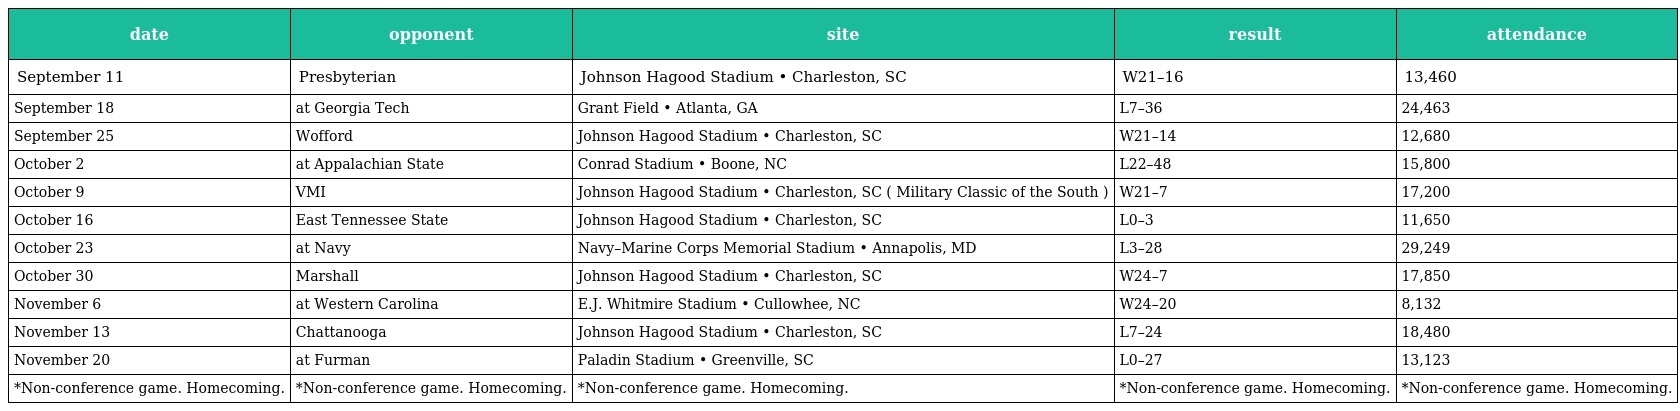
| date | opponent | site | result | attendance |
 | --- | --- | --- | --- | --- |
 | September 11 | Presbyterian | Johnson Hagood Stadium • Charleston, SC | W21–16 | 13,460 |
 | September 18 | at Georgia Tech | Grant Field • Atlanta, GA | L7–36 | 24,463 |
 | September 25 | Wofford | Johnson Hagood Stadium • Charleston, SC | W21–14 | 12,680 |
 | October 2 | at Appalachian State | Conrad Stadium • Boone, NC | L22–48 | 15,800 |
 | October 9 | VMI | Johnson Hagood Stadium • Charleston, SC ( Military Classic of the South ) | W21–7 | 17,200 |
 | October 16 | East Tennessee State | Johnson Hagood Stadium • Charleston, SC | L0–3 | 11,650 |
 | October 23 | at Navy | Navy–Marine Corps Memorial Stadium • Annapolis, MD | L3–28 | 29,249 |
 | October 30 | Marshall | Johnson Hagood Stadium • Charleston, SC | W24–7 | 17,850 |
 | November 6 | at Western Carolina | E.J. Whitmire Stadium • Cullowhee, NC | W24–20 | 8,132 |
 | November 13 | Chattanooga | Johnson Hagood Stadium • Charleston, SC | L7–24 | 18,480 |
 | November 20 | at Furman | Paladin Stadium • Greenville, SC | L0–27 | 13,123 |
 | *Non-conference game. Homecoming. | *Non-conference game. Homecoming. | *Non-conference game. Homecoming. | *Non-conference game. Homecoming. | *Non-conference game. Homecoming. |